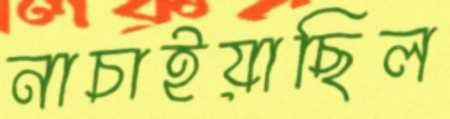
নাচাইয়াছিল